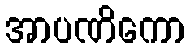
အာပဏိကော